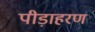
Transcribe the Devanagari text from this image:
पीड़ाहरण